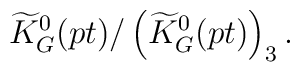
\widetilde{K}^0_G(pt)/\left(\widetilde{K}^0_G(pt)\right)_3.